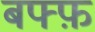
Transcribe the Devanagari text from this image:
बफ्फ़